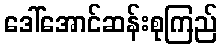
ဒေါ်အောင်ဆန်းစုကြည်